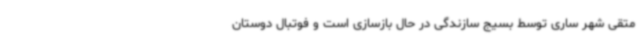
متقی شهر ساری توسط بسیج سازندگی در حال بازسازی است و فوتبال دوستان